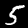
Digit: 5